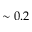
\sim 0 . 2